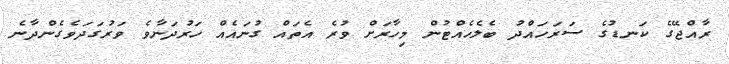
ރާއްޖޭގެ ކަނޑުގެ ސަރަހައްދު ބެލެހެއްޓުން މިހާރަށް ވުރެ އެތައް ގުނައެއް ހަރުދަނާވެ ވަރުގަދަވެގެންދާނެ